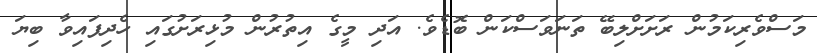
މަސްވެރިކަމުން ރަށަށްލިބޭ ތަނަވަސްކަން ބޮޑެވެ. އަދި މީގެ އިތުރުން މުޅިރަށުގައި ހެދިފައިވާ ބިޔަ